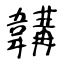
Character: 韝